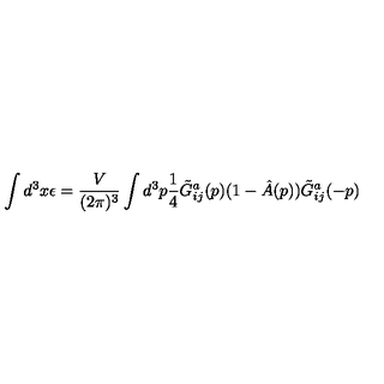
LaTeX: \int d ^ { 3 } x \epsilon = \frac { V } { ( 2 \pi ) ^ { 3 } } \int d ^ { 3 } p \frac { 1 } { 4 } \tilde { G } _ { i j } ^ { a } ( p ) ( 1 - \hat { A } ( p ) ) \tilde { G } _ { i j } ^ { a } ( - p )